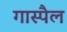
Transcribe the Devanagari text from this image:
गास्पैल